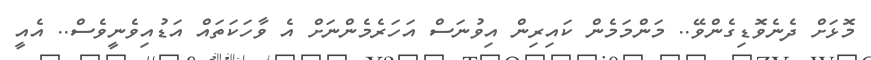
މޮޅަށް ދެނެވޮޑިގެންވޭ.. މަންމަމެން ކައިރިން އިވުނަސް އަހަރެމެންނަށް އެ ވާހަކަތައް އަޑުއިވެނީވެސް.. އެއީ